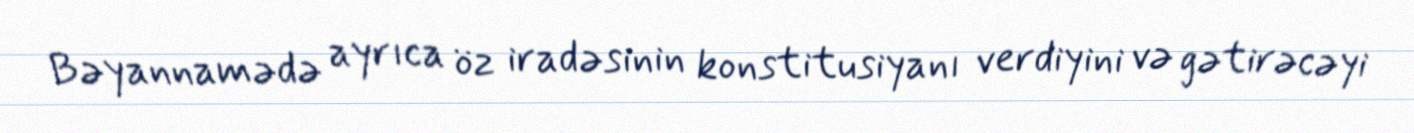
Bəyannamədə ayrıca öz iradəsinin konstitusiyanı verdiyini və gətirəcəyi